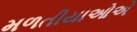
મળતીયાઓએ